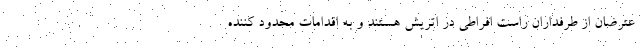
عترضان از طرفداران راست افراطی در اتریش هستند و به اقدامات محدود کننده